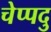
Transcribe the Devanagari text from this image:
चेप्पदु